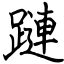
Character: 蹥